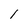
Character: 1